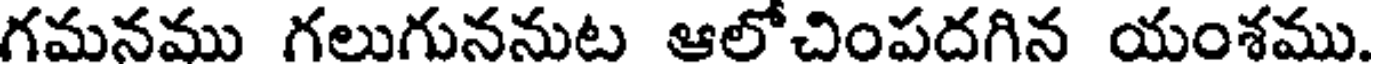
గమనము గలుగుననుట ఆలోచింపదగిన యంశము